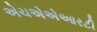
એચએએઆરટી